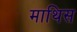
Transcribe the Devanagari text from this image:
माथिस